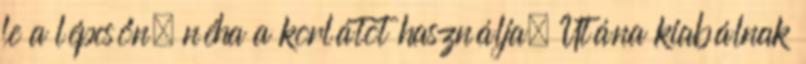
le a lépcsőn, néha a korlátot használja. Utána kiabálnak